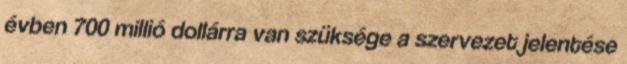
évben 700 millió dollárra van szüksége a szervezet jelentése